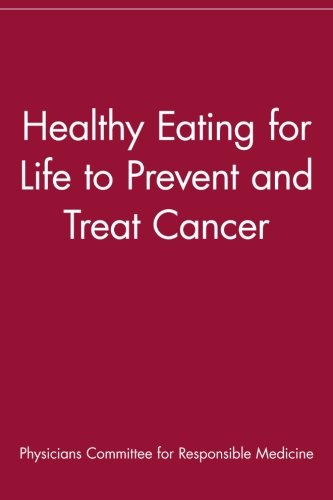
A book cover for Healthy Eating for Life to Prevent and Treat Cancer; Physicians Committee for Responsible Medicine; Cookbooks, Food & Wine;